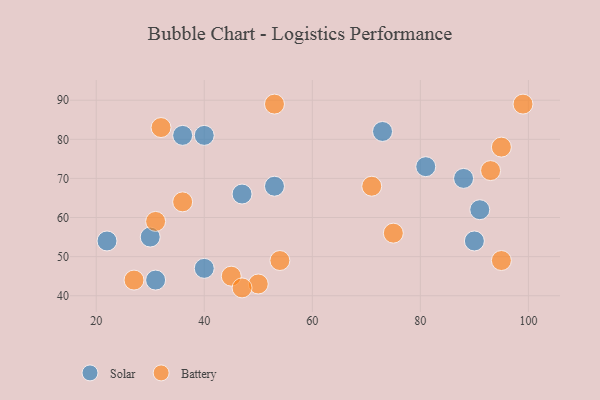
{"axis": {"x": "GDP", "y": "Life Expectancy"}, "legend": ["Battery", "Solar"], "data": [{"x": "40", "y": 47, "type": "Solar"}, {"x": "88", "y": 70, "type": "Solar"}, {"x": "53", "y": 68, "type": "Solar"}, {"x": "22", "y": 54, "type": "Solar"}, {"x": "47", "y": 66, "type": "Solar"}, {"x": "31", "y": 44, "type": "Solar"}, {"x": "40", "y": 81, "type": "Solar"}, {"x": "91", "y": 62, "type": "Solar"}, {"x": "30", "y": 55, "type": "Solar"}, {"x": "36", "y": 81, "type": "Solar"}, {"x": "73", "y": 82, "type": "Solar"}, {"x": "90", "y": 54, "type": "Solar"}, {"x": "81", "y": 73, "type": "Solar"}, {"x": "36", "y": 64, "type": "Battery"}, {"x": "53", "y": 89, "type": "Battery"}, {"x": "93", "y": 72, "type": "Battery"}, {"x": "45", "y": 45, "type": "Battery"}, {"x": "50", "y": 43, "type": "Battery"}, {"x": "31", "y": 59, "type": "Battery"}, {"x": "95", "y": 78, "type": "Battery"}, {"x": "99", "y": 89, "type": "Battery"}, {"x": "27", "y": 44, "type": "Battery"}, {"x": "32", "y": 83, "type": "Battery"}, {"x": "47", "y": 42, "type": "Battery"}, {"x": "75", "y": 56, "type": "Battery"}, {"x": "71", "y": 68, "type": "Battery"}, {"x": "54", "y": 49, "type": "Battery"}, {"x": "95", "y": 49, "type": "Battery"}]}